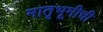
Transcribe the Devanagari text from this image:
मातृभूमीची